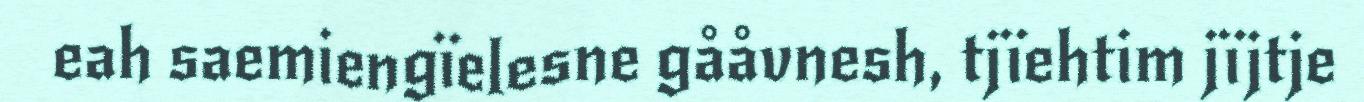
eah saemiengïelesne gååvnesh, tjïehtim jïjtje